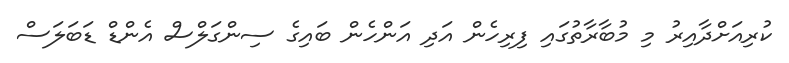
ކުރިއަށްދާއިރު މި މުބާރާތުގައި ފިރިިހެން އަދި އަންހެން ބައިގެ ސިންގަލްސް އެންޑް ޑަބަލަސް